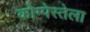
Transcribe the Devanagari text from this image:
कोम्पेस्तेला